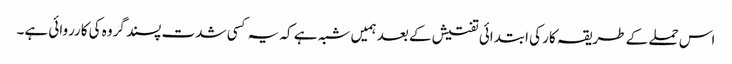
اس حملے کے طریقہ کار کی ابتدائی تفتیش کے بعد ہمیں شبہ ہے کہ یہ کسی شدت پسند گروہ کی کارروائی ہے۔